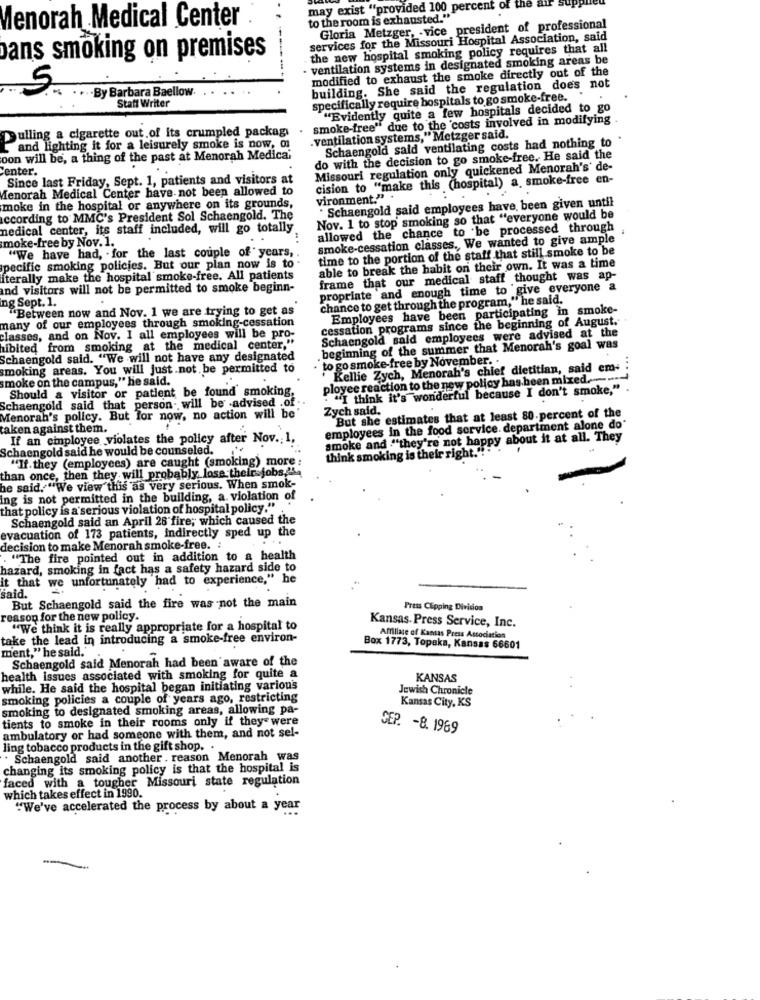
may exist "provided 100 percent o
to the room is exhausted."
Menorah Medical Center
Gloria Metzger, - vice president of professional
services for the Missouri Hospital Association, said
the new hospital smoking policy requires that all
Dans smoking on premises
ventilation systems in designated smoking areas be
modified to exhaust the smoke directly out of the
5
·By Barbara Baellow.
building. She said the regulation does not
Statt Writer
specifically require hospitals to go smoke-free.
"Evidently quite a few hospitals decided to go
smoke-free" due to the costs involved in modifying
ulling a cigarette out of its crumpled packag
. ventilation systems," Metzger said.
Schaengold said ventilating costs had nothing to
and lighting it for a leisurely smoke is now, on
oon will be, a thing of the past at Menorah Medica;
do with the decision to go smoke-free. He said the
enter.
Missouri regulation only quickened Menorah's' de-
Since last Friday, Sept. 1, patients and visitors at
cision to "make this (hospital) a, smoke-free en-
Menorah Medical Center have not been allowed to
vironment.".
moke in the hospital or anywhere on its grounds,
* Schaengold said employees have been given until
according to MMC's President Sol Schaengold. The
Nov. 1 to stop smoking so that "everyone would be
medical center, its staff included, will go totally
allowed the chance to be processed through
moke-free by Nov. 1.
smoke-cessation classes ., We wanted to give ample
time to the portion of the staff that still smoke to be
"We have had, . for the last couple of years,
able to break the habit on their own. It was a time
pecific smoking policies. But our plan now is to
iterally make the hospital smoke-free. All patients
frame that our medical staff thought was ap-
and visitors will not be permitted to smoke beginn-
propriate and enough time to give everyone a
ng Sept. 1.
chance to get through the program," he said.
"Between now and Nov. 1 we are trying to get as"
Employees have been participating in smoke-
cessation programs since the beginning of August.
many of our employees through smoking cessation
classes, and on Nov. I all employees will be pro-
Schaengold said employees were advised at the
hibited from smoking at the medical center."
.beginning of the summer that Menorah's goal was
Schaengold said. "We will not have any designated
to go smoke-free by November. .
smoking areas. You will just not be permitted to
Kellie Zych, Menorah's chief dietitian, said em- :
smoke on the campus," he said.
ployee reaction to the new policy has been mixed .....
Should a visitor or patient be found' smoking,
. "I think it's wonderful because I don't smoke,"
Schaengold said that person ., will be advised .of
Zych said.
Menorah's policy. But Tor now, no action will be
But she estimates that at least 80-percent of the
taken against them.
employees in the food service. department alone do
If an employee violates the policy after Nov .: 1,
smoke and "they're not happy about it at all. They
Schaengold said he would be counseled.
"If. they (employees) are caught (smoking) more
think smoking is their right."
than once, then they will probably, lose their jobs ,!!
he said, "We view this as very serious. When smok-
Ing is not permitted in the building, a. violation of
that policy is a serious violation of hospital policy."
Schaengold said an April 26 fire; which caused the
evacuation of 173 patients, indirectly sped up the
decision to make Menorah smoke-free. :
. "The fire pointed out in addition to a health
hazard, smoking in fact has a safety hazard side to
it that we unfortunately had to experience," he
said.
But Schaengold said the fire was not the main
Press Clipping Division
reason for the new policy.
Kansas. Press Service, Inc.
"We think it is really appropriate for a hospital to
take the lead in introducing a smoke-free environ-
Affiliate of Kansas Press Association
ment," he said.'
Box 1773, Topaka, Kansas 66601
Schaengold said Menorah had been aware of the
health issues associated with smoking for quite a
KANSAS
while. He said the hospital began initiating variou's
Jewish Chronicle
smoking policies a couple of years ago, restricting
smoking to designated smoking areas, allowing pa-
Kansas City, KS
tients to smoke in their rooms only if they were
ambulatory or had someone with them, and not sel-
SEP. - 8. 1969
ling tobacco products in the gift shop. .
. Schaengold said another . reason Menorah was
changing its smoking policy is that the hospital is
faced with a tougher Missouri state regulation
which takes effect in 1990.
"We've accelerated the process by about a year